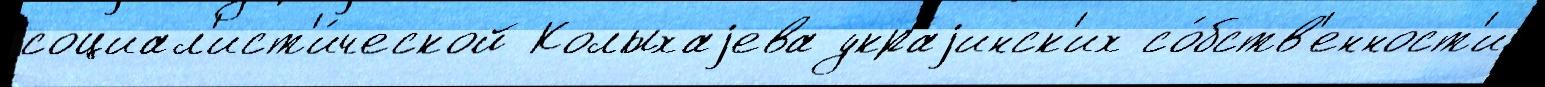
социал'ист'и́ческой Колыхаjева украjинск'их со́бств'енност'и